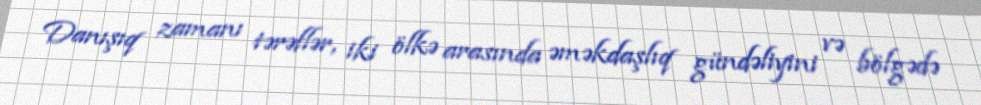
Danışıq zamanı tərəflər, iki ölkə arasında əməkdaşlıq gündəliyini və bölgədə